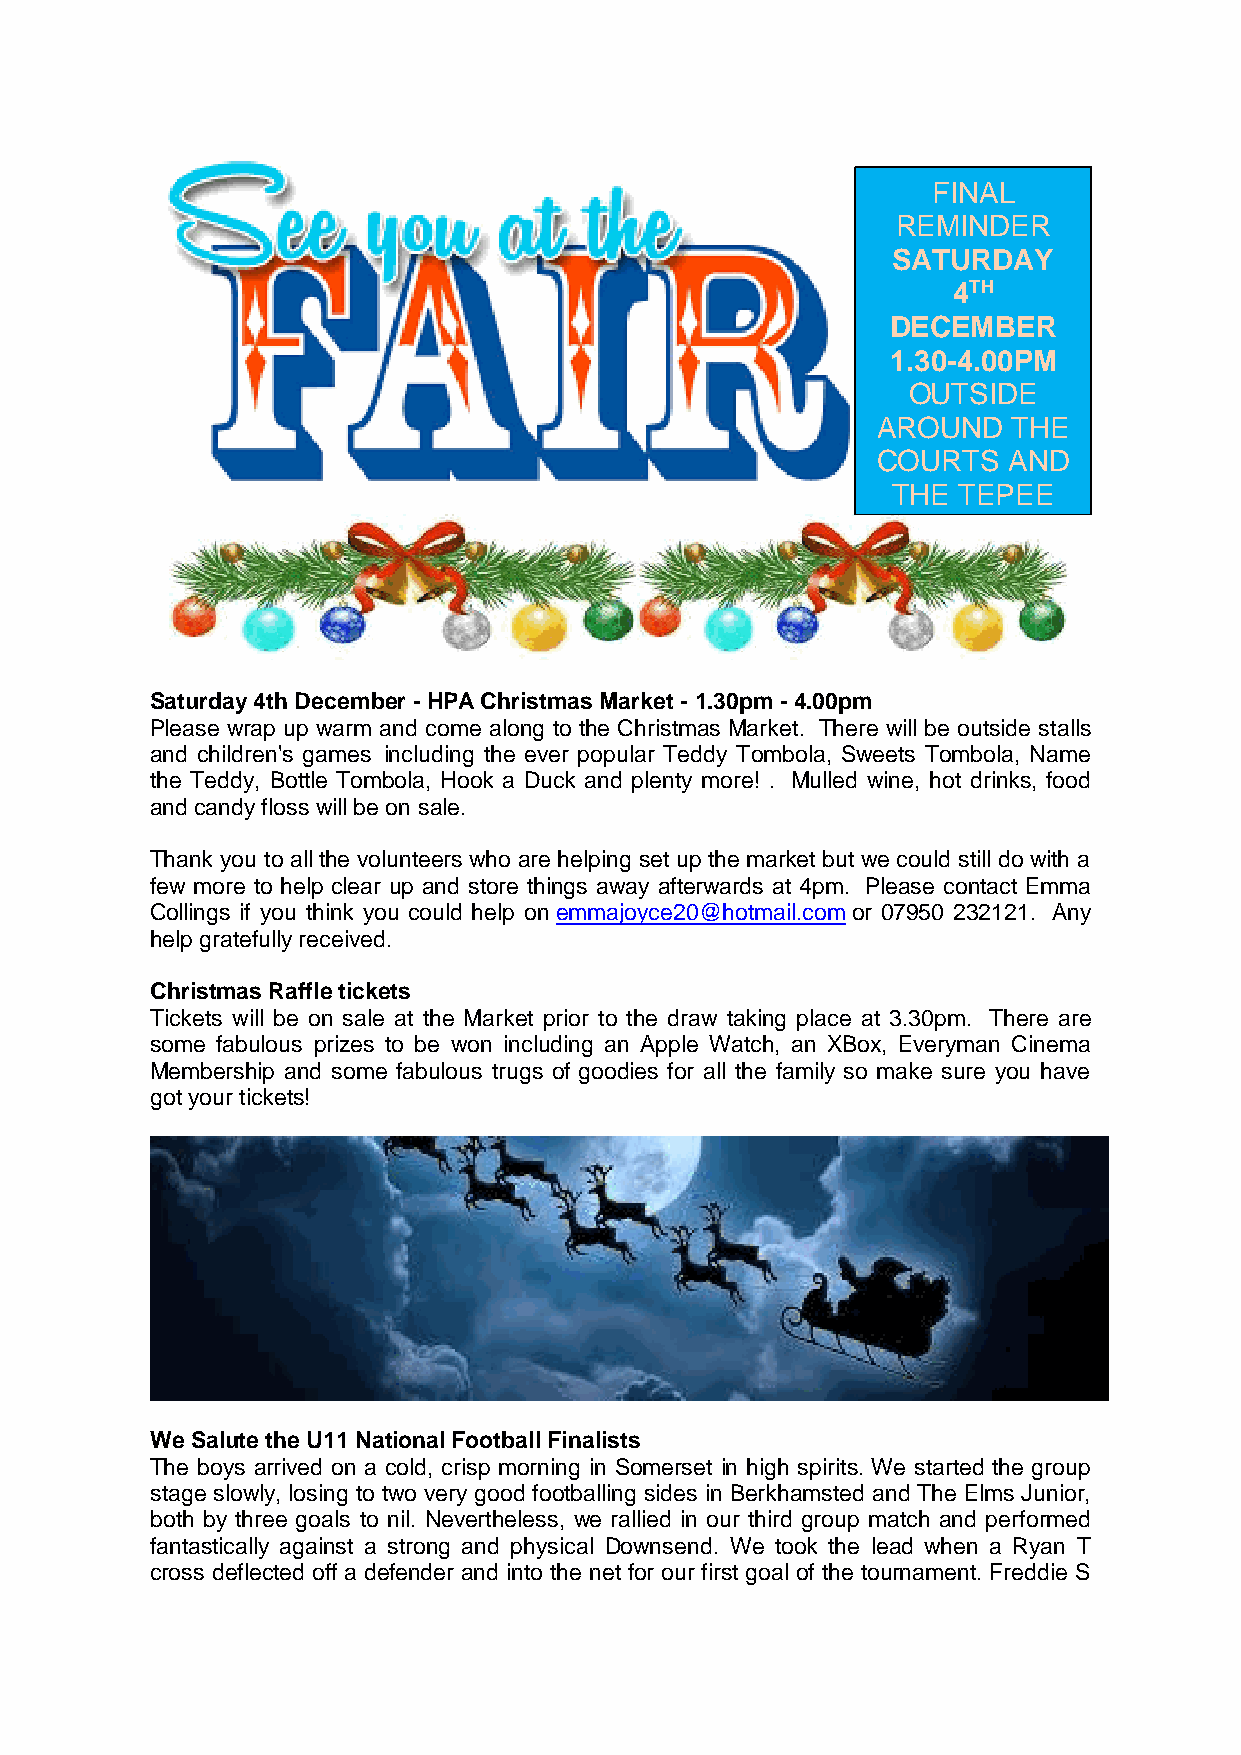
FINAL
 REMINDER
 SATURDAY
 4TH
 DECEMBER
 1.30-4.00PM
 OUTSIDE
 AROUND   THE
 COURTS   AND
 THE TEPEE
 Saturday 4th December - HPA Christmas Market - 1.30pm - 4.00pm
 Please wrap up warm and come along to the Christmas Market. There will be outside stalls
 and children's games including the ever popular Teddy Tombola, Sweets Tombola, Name
 the Teddy, Bottle Tombola, Hook a Duck and plenty more! . Mulled wine, hot drinks, food
 and candy floss will be on sale.
 Thank you to all the volunteers who are helping set up the market but we could still do with a
 few more to help clear up and store things away afterwards at 4pm. Please contact Emma
 Collings if you think you could help on emmajoyce20@hotmail.com or 07950 232121. Any
 help gratefully received.
 Christmas Raffle tickets
 Tickets will be on sale at the Market prior to the draw taking place at 3.30pm. There are
 some fabulous prizes to be won including an Apple Watch, an XBox, Everyman Cinema
 Membership and some fabulous trugs of goodies for all the family so make sure you have
 got your tickets!
 We Salute the U11 National Football Finalists
 The boys arrived on a cold, crisp morning in Somerset in high spirits. We started the group
 stage slowly, losing to two very good footballing sides in Berkhamsted and The Elms Junior,
 both by three goals to nil. Nevertheless, we rallied in our third group match and performed
 fantastically against a strong and physical Downsend. We took the lead when a Ryan T
 cross deflected off a defender and into the net for our first goal of the tournament. Freddie S